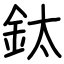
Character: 鈦